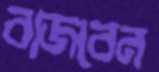
বাজবেন